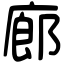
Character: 廊